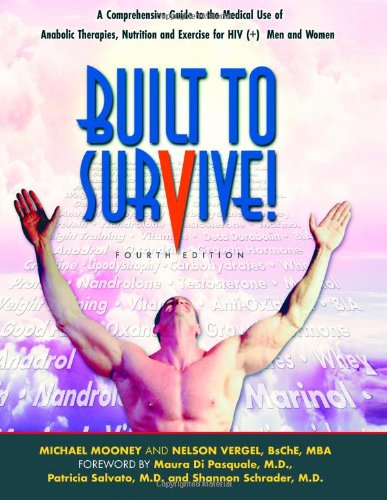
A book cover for Built to Survive: A Comprehensive Guide to the Medical Use of Anabolic Therapies, Nutrition and Exercise for HIV+ Men and Women; Michael Mooney; Health, Fitness & Dieting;